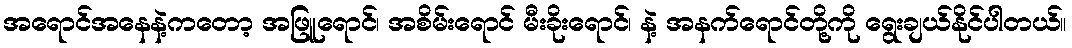
အရောင်အနေနဲ့ကတော့ အဖြူရောင်၊ အစိမ်းရောင် မီးခိုးရောင်၊ နဲ့ အနက်ရောင်တို့ကို ရွေးချယ်နိုင်ပါတယ်။